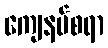
ကျေနပ်စရာ